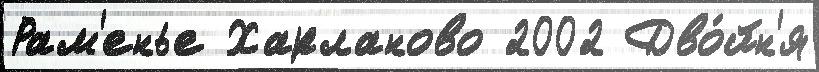
Рам'енье Харланово 2002 Дво́йн'я